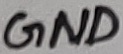
Text: GND